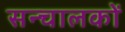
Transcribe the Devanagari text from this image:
सन्चालकों